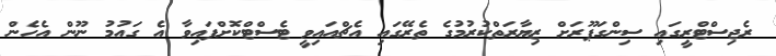
ރެޖިސްޓްރީގައި ސިންގަޕޫރަށް ޒިޔާރަތްކުރުމުގެ ތެރޭގައި އެޗްއައިވީ ޓެސްޓްކޮށްފައިވާ އެ ގައުމު ނޫން އެހެން